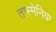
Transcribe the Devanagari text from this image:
तास्मेनिया